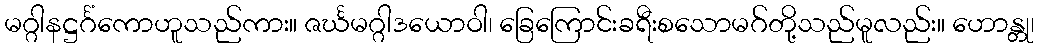
မဂ္ဂါနဋ္ဌင်္ဂံကောဟူသည်ကား။ ဇင်္ဃမဂ္ဂါဒယောဝါ၊ ခြေကြောင်းခရီးစသောမဂ်တို့သည်မူလည်း။ ဟောန္တု၊